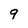
Character: 9